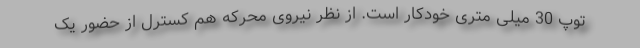
توپ 30 میلی متری خودکار است. از نظر نیروی محرکه هم کسترل از حضور یک